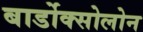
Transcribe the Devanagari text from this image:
बार्डोक्सोलोन